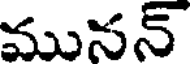
మునన్